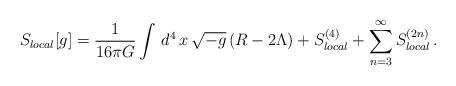
LaTeX: \begin{align*}S_{local}[g] = {1\over 16\pi G}\int\,d^4\,x\,\sqrt{-g}\,(R-2\Lambda) +S_{local}^{(4)} + \sum_{n=3}^{\infty} S_{local}^{(2n)}\,.\end{align*}